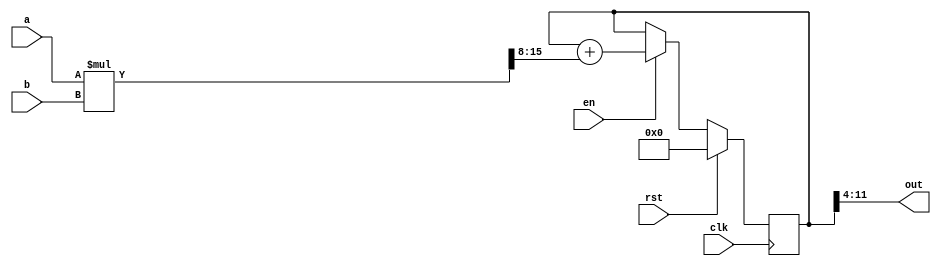
module mac(a, b, en, rst, clk, out);

	input[7:0] a, b;
	input en, rst, clk;
	output[7:0] out;
	
	wire [15:0] mult;
	assign mult = a * b;
	
	reg [12:0] sumOfMult;
	always @(posedge clk) begin
		if (rst)
			sumOfMult <= 12'b0;
		else if (en)
			sumOfMult <= sumOfMult + mult[15:8];
	end

	assign out = sumOfMult[11:4];

endmodule